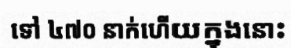
ទៅ ៤៧០ នាក់ហើយក្នុងនោះ